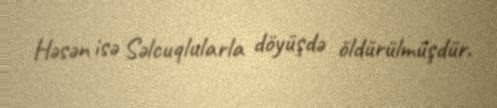
Həsən isə Səlcuqlularla döyüşdə öldürülmüşdür.